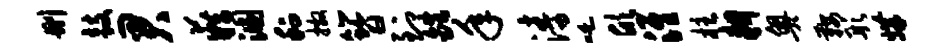
删鼓君籍溷利撒簪到皓年涛吒欣淮柱耕奥鞍彤媾